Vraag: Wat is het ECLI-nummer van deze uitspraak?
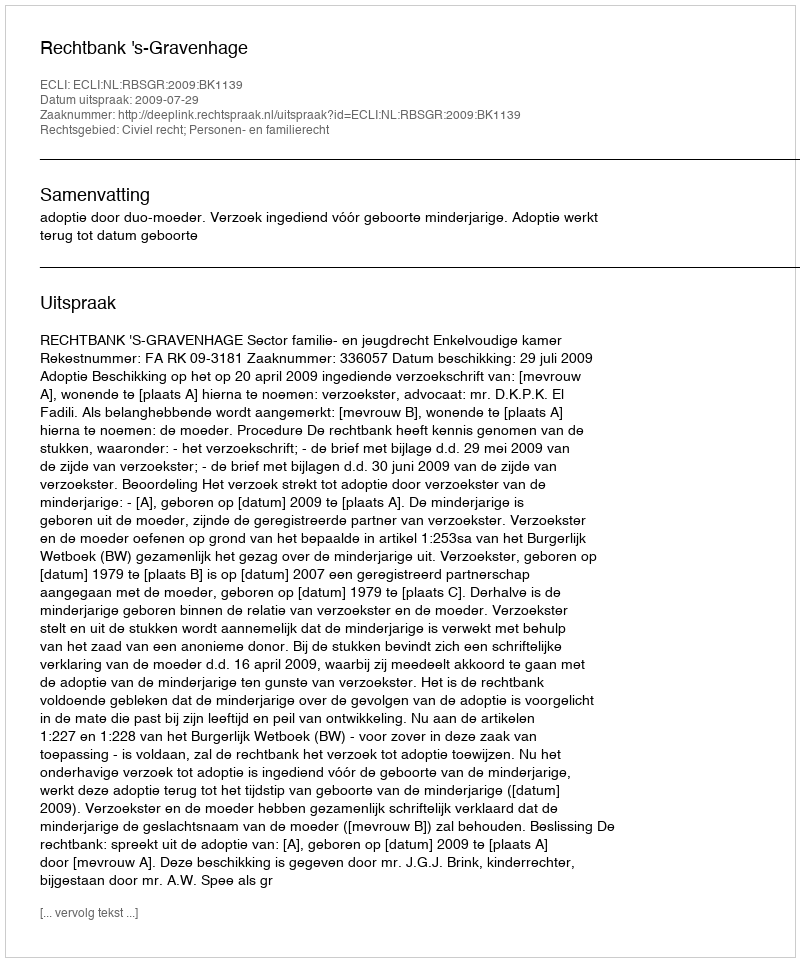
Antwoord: ECLI:NL:RBSGR:2009:BK1139